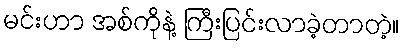
မင်းဟာ အစ်ကိုနဲ့ ကြီးပြင်းလာခဲ့တာတဲ့။